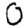
Digit: 0